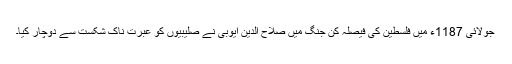
جولائی 1187ء میں فلسطین کی فیصلہ کن جنگ میں صلاح الدین ایوبی نے صلیبیوں کو عبرت ناک شکست سے دوچار کیا۔